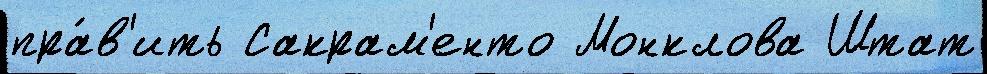
пра́в'ить Сакрам'енто Монклова Штат